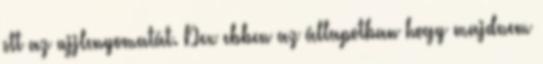
ott az ujjlenyomatát. Dex ebben az állapotban hogy majdnem